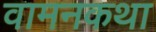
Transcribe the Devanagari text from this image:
वामनकथा